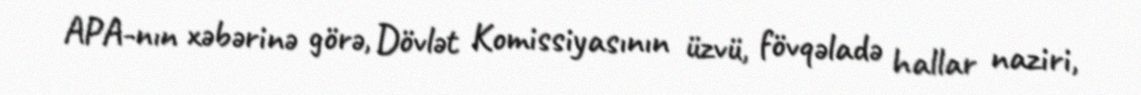
APA-nın xəbərinə görə, Dövlət Komissiyasının üzvü, fövqəladə hallar naziri,